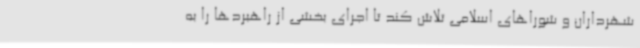
شهرداران و شوراهای اسلامی تلاش کند تا اجرای بخشی از راهبردها را به